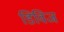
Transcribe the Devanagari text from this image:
डिविज